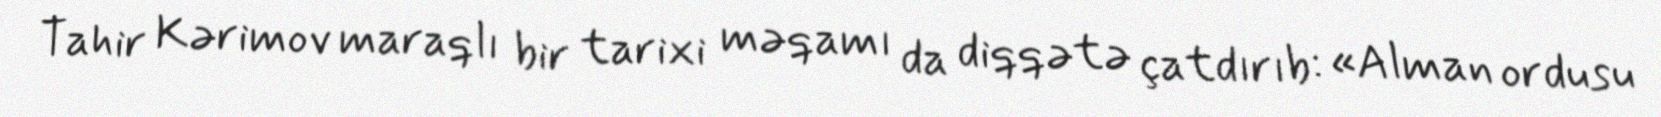
Tahir Kərimov maraqlı bir tarixi məqamı da diqqətə çatdırıb: «Alman ordusu